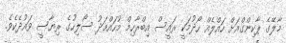
މާލޭގެ ޕާކިންގްއަށް ހައްލެއް ހޯދުމަކީ ރައީސް އިބްރާހިމް މުހައްމަދު ސޯލިހުގެ ރިޔާސީ ވައުދެކެވެ.